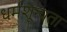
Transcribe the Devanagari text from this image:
धर्मशून्यता